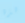
هذه